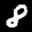
Label: 8